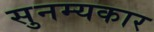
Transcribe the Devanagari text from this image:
सुनम्यकार